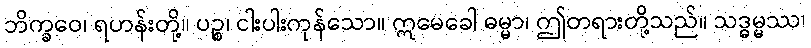
ဘိက္ခဝေ၊ ရဟန်းတို့။ ပဉ္စ၊ ငါးပါးကုန်သော။ ဣမေခေါ ဓမ္မာ၊ ဤတရားတို့သည်။ သဒ္ဓမ္မဿ၊